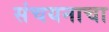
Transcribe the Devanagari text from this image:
संचयनाचा